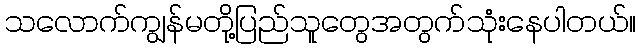
သလောက်ကျွန်မတို့ပြည်သူတွေအတွက်သုံးနေပါတယ်။